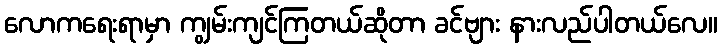
လောကရေးရာမှာ ကျွမ်းကျင်ကြတယ်ဆိုတာ ခင်ဗျား နားလည်ပါတယ်လေ။